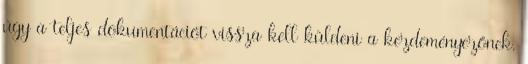
úgy a teljes dokumentációt vissza kell küldeni a kezdeményezőnek.